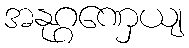
အနုဂ္ဂဏှေယျ